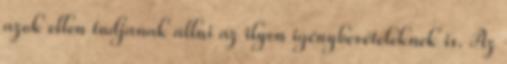
azok ellen tudjanak állni az ilyen igénybevételeknek is. Az